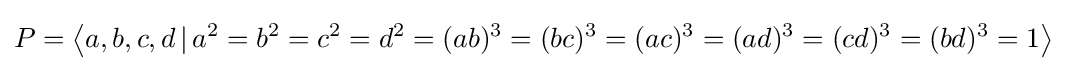
P=\left\langle a,b,c,d\,|\,a^{2}=b^{2}=c^{2}=d^{2}=(ab)^{3}=(bc)^{3}=(ac)^{3}=(ad)^{3}=(cd)^{3}=(bd)^{3}=1\right\rangle